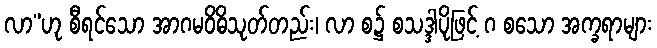
လာ”ဟု စီရင်သော အာဂမဝိဓိသုတ်တည်း၊ လာ စ၌ စသဒ္ဒါပိုဖြင့် ဂ စသော အက္ခရာများ